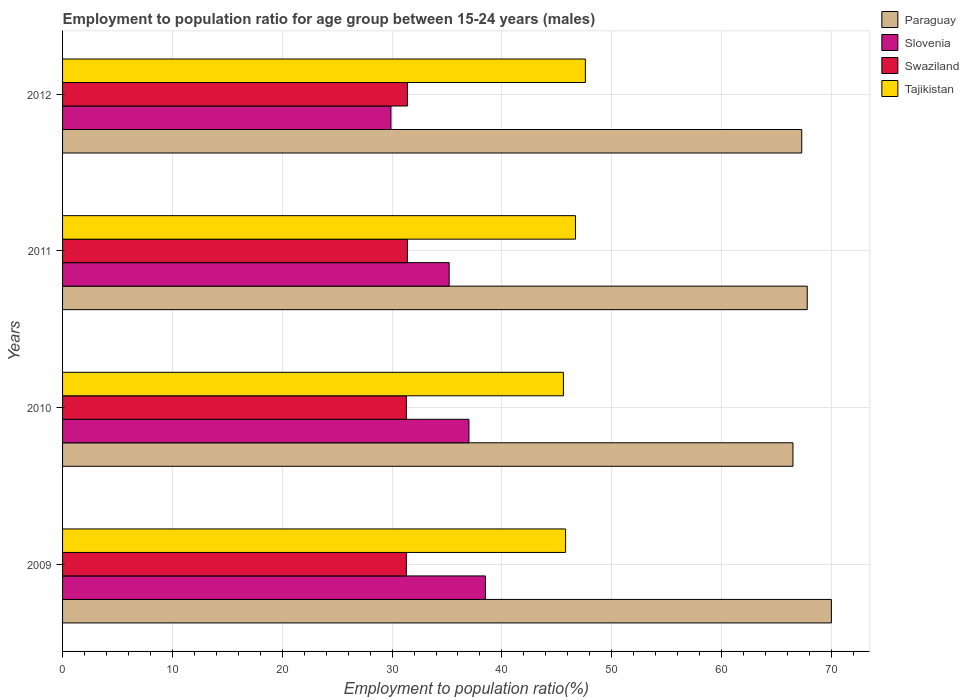
| Years | Paraguay | Slovenia | Swaziland | Tajikistan |
 | --- | --- | --- | --- | --- |
 | 2009 | 70 | 38.5 | 31.3 | 45.8 |
 | 2010 | 66.5 | 37 | 31.3 | 45.6 |
 | 2011 | 67.8 | 35.2 | 31.4 | 46.7 |
 | 2012 | 67.3 | 29.9 | 31.4 | 47.6 |